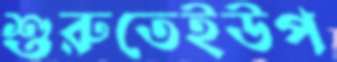
শুরুতেইউপ